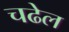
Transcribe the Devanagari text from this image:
चढेल